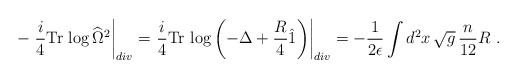
\begin{align*}-\left. \frac{i}{4}\mbox{Tr}\,\log\widehat{\Omega}^2\right|_{div}=\left.\frac{i}{4} \mbox{Tr}\,\log\left(-\Delta+{R\over 4} \hat1\right)\right|_{div}= -{1\over 2\epsilon}\int d^2x\, \sqrt{g} \, {n\over12}R \ .\end{align*}